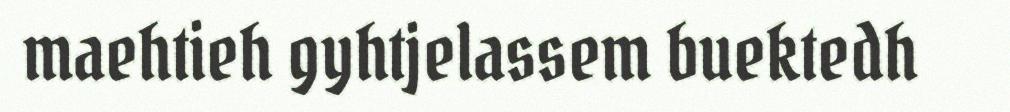
maehtieh gyhtjelassem buektedh